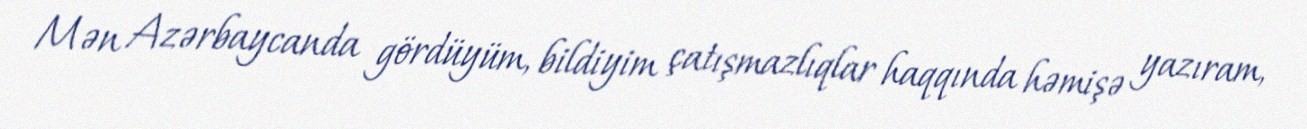
Mən Azərbaycanda gördüyüm, bildiyim çatışmazlıqlar haqqında həmişə yazıram,